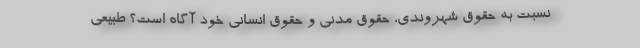
نسبت به حقوق شهروندي، حقوق مدني و حقوق انساني خود آگاه است؟ طبيعي